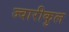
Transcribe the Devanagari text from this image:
ज्वारीकुल